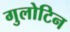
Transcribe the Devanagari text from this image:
गुलोटिन